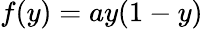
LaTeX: f(y)=ay(1-y)